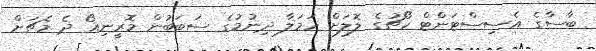
ބާސާގެ އެސިސްޓަންޓް ކޯޗުގެ ލޮލަށް ހަމަލާ ދިނުމުގެ ސަބަބުން މޮރީނިއޯ ދެ މެޗަށް